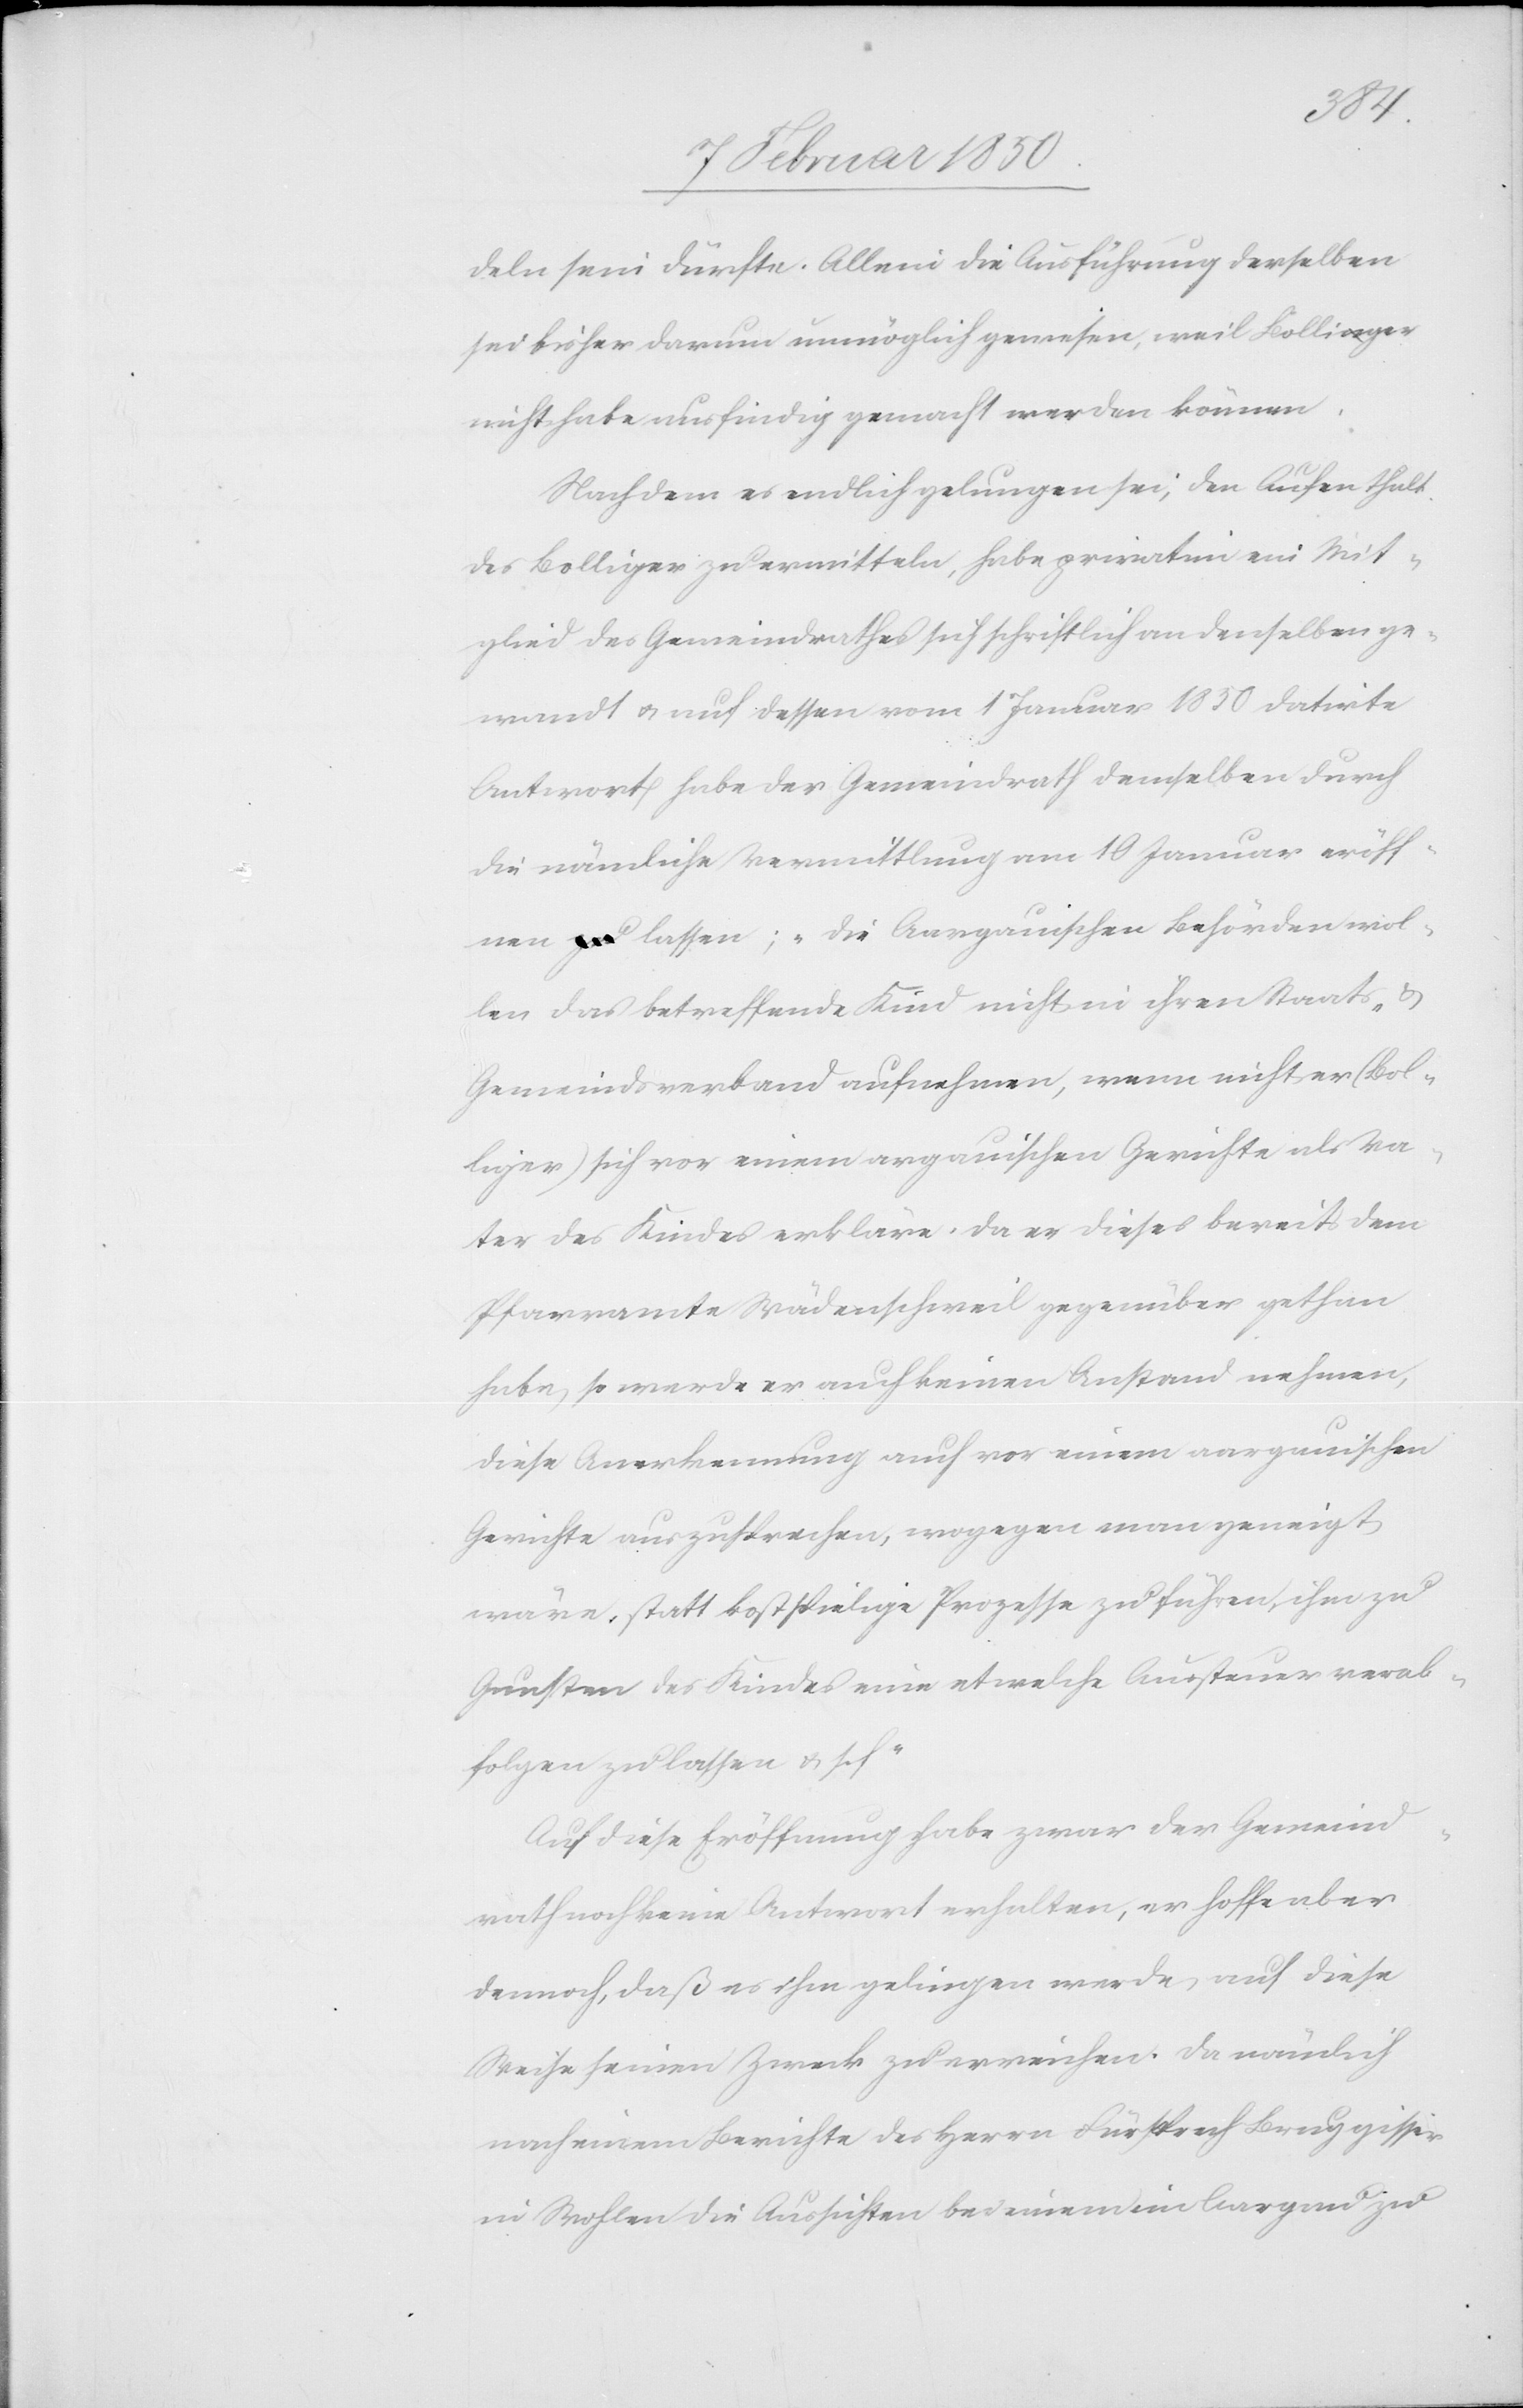
deln sein dürfte. Allein die Ausführung derselben
sei bisher darum unmöglich gewesen, weil Bolliger
nicht habe ausfindig gemacht werden können.
Nachdem es endlich gelungen sei, den Aufenthalt
des Bolliger zu ermitteln, habe privatim ein Mit¬
glied des Gemeindrathes sich schriftlich an denselben ge¬
wandt u. auf dessen vom 1 Januar 1850 datirte
Antwort habe der Gemeindrath demselben durch
die nämliche Vermittlung am 10 Januar eröff¬
nen lassen; „Die Aargauischen Behörden wol¬
len das betreffende Kind nicht in ihren Staats- u.
Gemeindsverband aufnehmen, wenn nicht er (Bol¬
liger) sich vor einem argauischen Gerichte als Va¬
ter des Kindes erkläre. Da er dieses bereits dem
Pfarramte Wädenschweil gegenüber gethan
habe, so werde er auch keinen Anstand nehmen,
diese Anerkennung auch vor einem aargauischen
Gerichte auszusprechen, wogegen man geneigt
wäre, statt kostspielige Prozesse zu führen, ihm zu
Gunsten des Kindes eine etwelche Aussteuer verab¬
folgen zu lassen u. s. f.“
Auf diese Eröffnung habe zwar der Gemeind¬
rath noch keine Antwort erhalten, er hoffe aber
dennoch, daß es ihm gelingen werde, auf diese
Weise seinen Zweck zu erreichen. Da nämlich
nach einem Berichte des Herrn Fürsprech Bruggisser
in Wohlen die Aussichten bei einem im Aargau zu